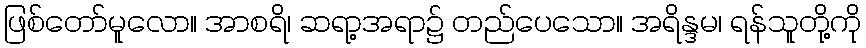
ဖြစ်တော်မူလော။ အာစရိ၊ ဆရာ့အရာ၌ တည်ပေသော။ အရိန္ဒမ၊ ရန်သူတို့ကို